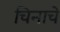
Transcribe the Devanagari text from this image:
चिनाचे